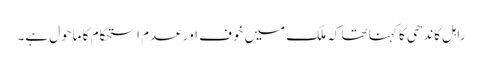
راہل گاندھی کا کہنا تھا کہ ملک میں خوف اور عدم استحکام کا ماحول ہے۔